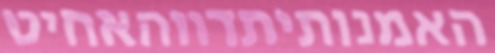
האמנותיתדווהאחיט